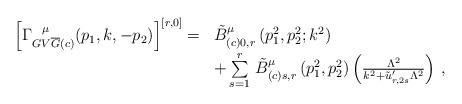
LaTeX: \begin{align*}\begin{array}{rl}\left[ \Gamma^{\hspace{0.25cm}\mu}_{GV{\overline{G}}(c)} (p_{1}, k,-p_{2})\right]^{[r,0]} = & \tilde{B}^{\mu}_{(c)0,r} \left(p^{2}_{1},p^{2}_{2};k^{2}\right)\\\mbox{} & + \sum \limits^{r}_{s=1} \, \tilde{B}^{\mu}_{(c)s,r}\left(p^{2}_{1}, p^{2}_{2}\right) \left( \frac{\Lambda^{2}}{k^{2} +\tilde{u}'_{r,2s} \Lambda^{2}} \right) \, ,\end{array}\end{align*}